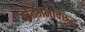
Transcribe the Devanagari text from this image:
प्रतिजनविरुद्ध